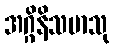
အဂ္ဂိနိသမာသု